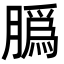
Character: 𦠽